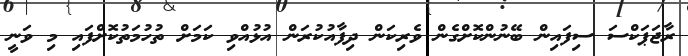
ރާޖަޕަކްސަ ސިފައިން ބޭނުންކޮށްގެން ވެރިކަން ދިފާއުކުރަން އުޅުއްވި ކަމަށް ތުހުމަތުކޮށްފައި މި ވަނީ